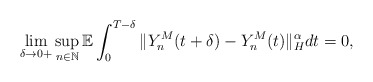
\begin{align*}\lim_{\delta\rightarrow 0+} \sup_{n\in\mathbb{N}} \mathbb{E} \int_0^{T-\delta} \Vert Y_n^M (t+\delta) - Y_n^M (t) \Vert_{H}^{\alpha} dt = 0,\end{align*}